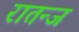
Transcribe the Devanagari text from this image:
रातन्ज